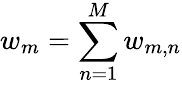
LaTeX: w_{m}=\sum_{n=1}^{M}w_{m,n}